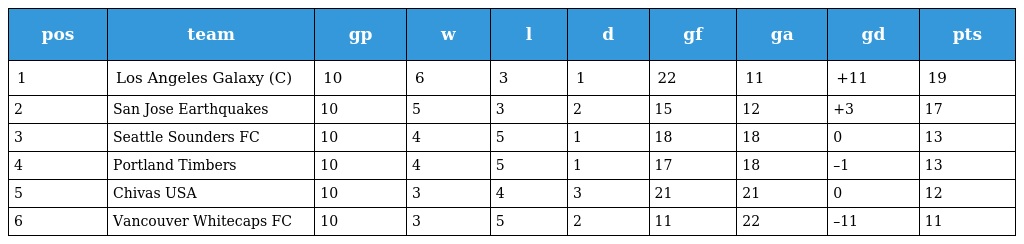
| pos | team | gp | w | l | d | gf | ga | gd | pts |
 | --- | --- | --- | --- | --- | --- | --- | --- | --- | --- |
 | 1 | Los Angeles Galaxy (C) | 10 | 6 | 3 | 1 | 22 | 11 | +11 | 19 |
 | 2 | San Jose Earthquakes | 10 | 5 | 3 | 2 | 15 | 12 | +3 | 17 |
 | 3 | Seattle Sounders FC | 10 | 4 | 5 | 1 | 18 | 18 | 0 | 13 |
 | 4 | Portland Timbers | 10 | 4 | 5 | 1 | 17 | 18 | –1 | 13 |
 | 5 | Chivas USA | 10 | 3 | 4 | 3 | 21 | 21 | 0 | 12 |
 | 6 | Vancouver Whitecaps FC | 10 | 3 | 5 | 2 | 11 | 22 | –11 | 11 |